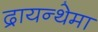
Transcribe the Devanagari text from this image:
द्रायन्थेमा